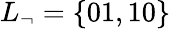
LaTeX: L_{\neg}=\{ 01,10\}